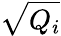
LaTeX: \sqrt{Q_{i}}